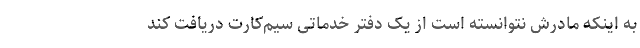
به اینکه مادرش نتوانسته است از یک دفتر خدماتی سیم‌کارت دریافت کند